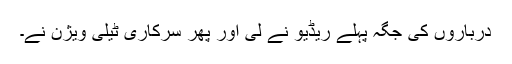
درباروں کی جگہ پہلے ریڈیو نے لی اور پھر سرکاری ٹیلی ویژن نے۔